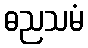
ဓညသမံ